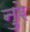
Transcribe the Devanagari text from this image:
नुरे